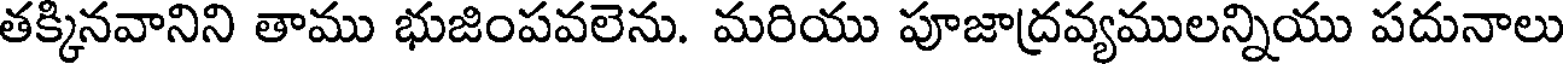
తక్కినవానిని తాము భుజింపవలెను. మరియు పూజాద్రవ్యములన్నియు పదునాలు